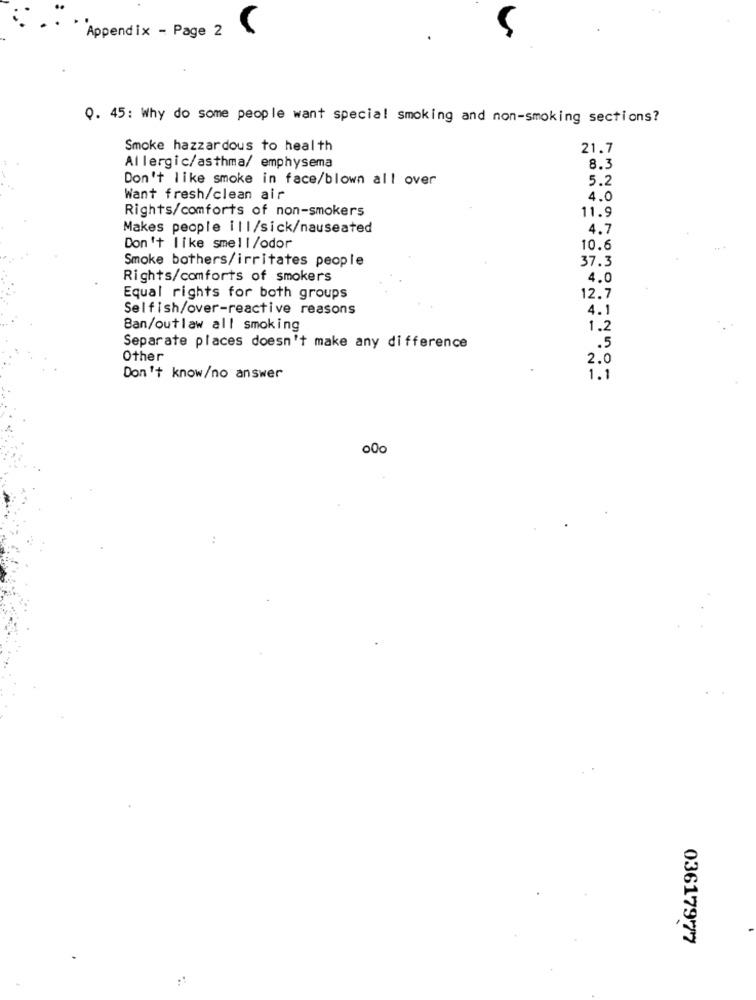
Appendix - Page 2
Q. 45: Why do some people want special smoking and non-smoking sections?
Smoke hazzardous to health
21.7
Allergic/asthma/ emphysema
8.3
Don't like smoke in face/blown all over
5.2
Want fresh/clean air
4.0
11.9
Rights/comforts of non-smokers
Makes people ill/sick/nauseated
4.7
Don't like smell/odor
10.6
Smoke bothers/irritates people
37.3
Rights/comforts of smokers
4.0
Equal rights for both groups
12.7
Selfish/over-reactive reasons
4.1
Ban/outlaw all smoking
1.2
Separate places doesn't make any difference
.5
Other
2.0
Don't know/no answer
1.1
03617977
:'